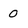
Character: 0